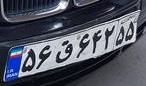
۵۶ق۶۴۲۵۵